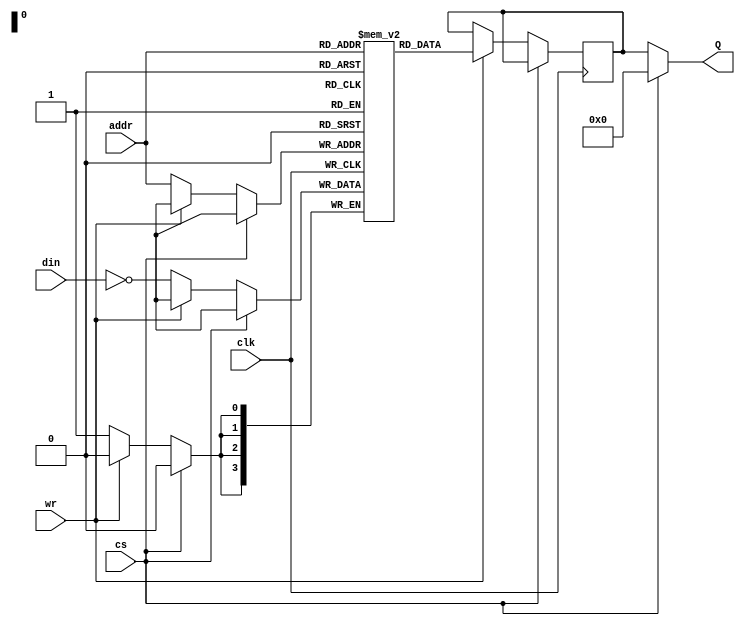
module x74189(

  input clk,
  input [3:0] din,
  input [3:0] addr,
  input cs,
  input wr,
  output [3:0] Q

);

assign Q = ~cs ? dout : 4'd0;

reg [3:0] memory[15:0];
reg [3:0] dout;

always @(posedge clk) begin
  if (~cs) begin
    if (~wr) memory[addr] <= ~din;
    else dout <= memory[addr];
  end
end

endmodule